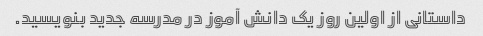
داستانی از اولین روز یک دانش آموز در مدرسه جدید بنویسید.